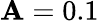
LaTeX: \mathbf{A}=0.1